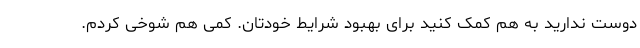
دوست ندارید به هم کمک کنید برای بهبود شرایط خودتان. کمی هم شوخی کردم.